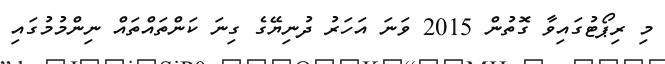
މި ރިޕޯޓުގައިވާ ގޮތުން 2015 ވަނަ އަހަރު ދުނިޔޭގެ ގިނަ ކަންތައްތައް ނިންމުމުގައި